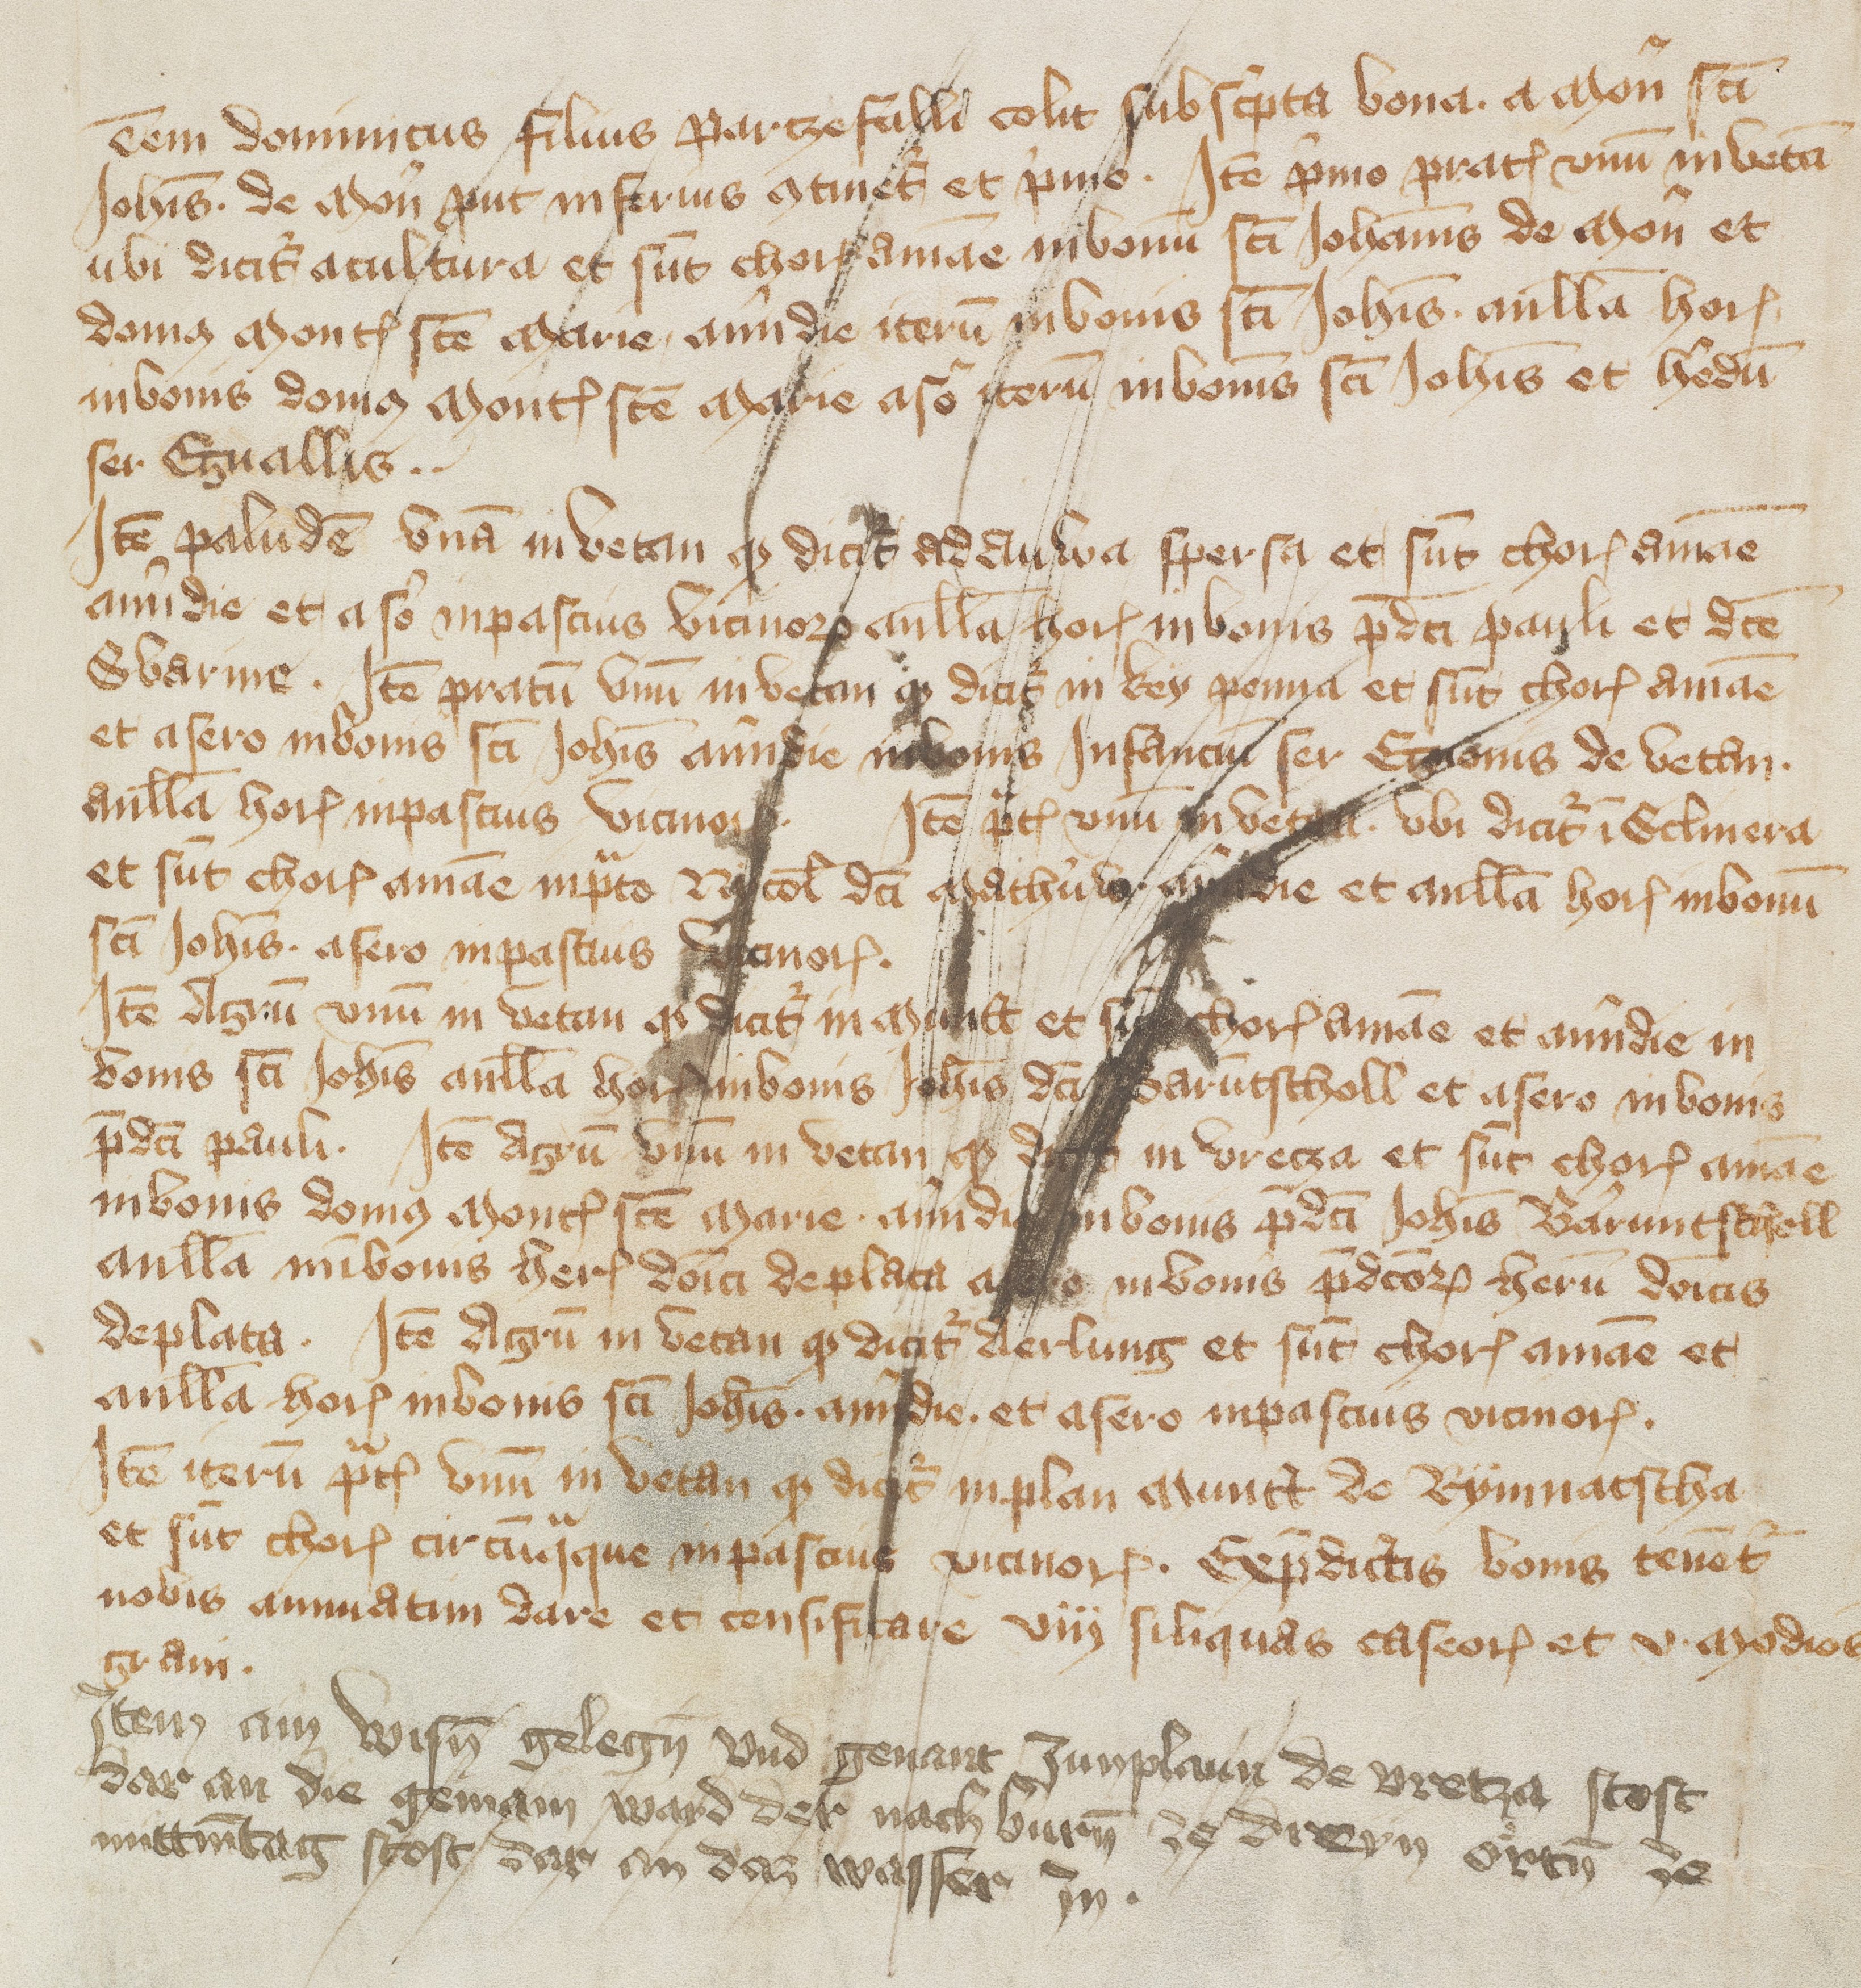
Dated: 1418–1418